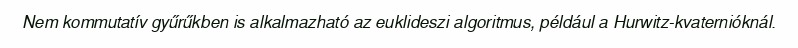
Nem kommutatív gyűrűkben is alkalmazható az euklideszi algoritmus, például a Hurwitz-kvaternióknál.